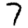
Digit: 7